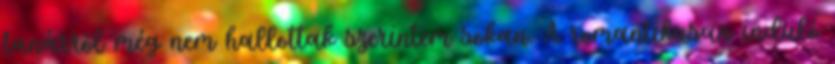
tanárról még nem hallottak szerintem sokan. A romantikusan induló